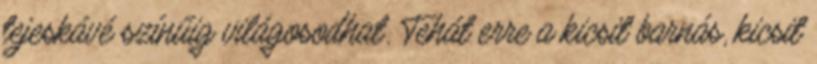
tejeskávé színűig világosodhat. Tehát erre a kicsit barnás, kicsit